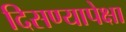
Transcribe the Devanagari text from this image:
दिसण्यापेक्षा